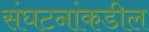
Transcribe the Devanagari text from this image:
संघटनांकडील